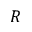
R